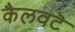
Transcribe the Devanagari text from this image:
कैलवटॆ